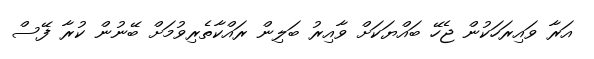
އަރާ ވައިރަހަކުން ޖެހޭ ބައްޔަކަށް ވާއިރު ބަލިން ރައްކާތެރިވުމަށް ބޭނުން ކުރާ ފޭސް